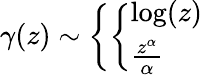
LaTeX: \gamma(z)\sim\left\{ \left\{ \begin{array}{ll}{{\log(z)}}\\ {{\frac{z^{\alpha}}{\alpha}}}\end{array}\right.\right.